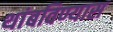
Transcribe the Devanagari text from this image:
थांबविण्यास